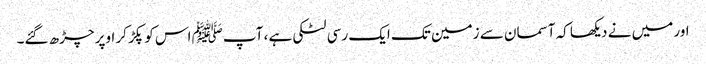
اور میں نے دیکھا کہ آسمان سے زمین تک ایک رسی لٹکی ہے ، آپﷺ اس کو پکڑ کر اوپر چڑھ گئے۔